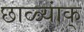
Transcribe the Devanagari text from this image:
छाळ्यांक्